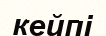
кейпі